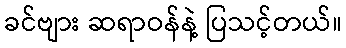
ခင်ဗျား ဆရာဝန်နဲ့ ပြသင့်တယ်။